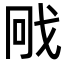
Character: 𭟳